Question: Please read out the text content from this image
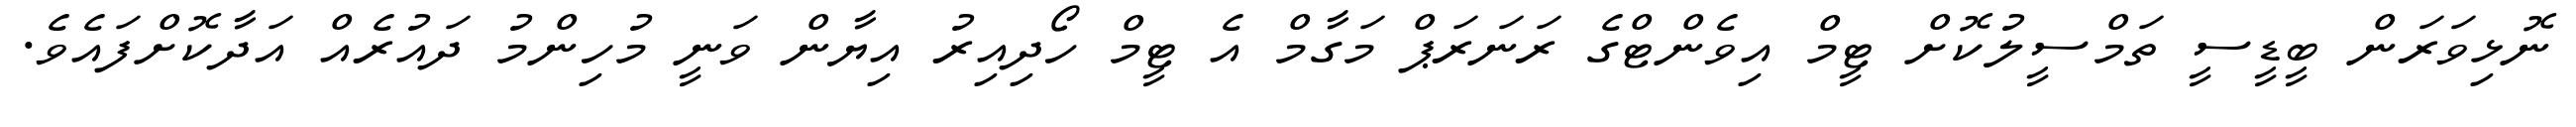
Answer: ނޮޅިވަރަން ބީޑީސީ ތަމްސީލުކޮށް ޓީމް އިވެންޓްގެ ރަނަރަޕް މަގާމް އެ ޓީމް ހޯދިއިރު އިޔާން ވަނީ މުހިންމު ދައުރެއް އަދާކޮށްފައެވެ.